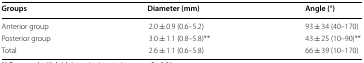
<table><thead><tr><td><b>Groups</b></td><td><b>Diameter (mm)</b></td><td><b>Angle (°)</b></td></tr></thead><tbody><tr><td>Anterior group</td><td>2.0 ± 0.9 (0.6–5.2)</td><td>93 ± 34 (40–170)</td></tr><tr><td>Posterior group</td><td>3.0 ± 1.1 (0.8–5.8)**</td><td>43 ± 25 (10–90)**</td></tr><tr><td>Total</td><td>2.6 ± 1.1 (0.6–5.8)</td><td>66 ± 39 (10–170)</td></tr></tbody></table>